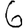
Digit: 6